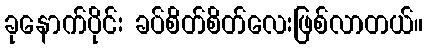
ခုနောက်ပိုင်း ခပ်စိတ်စိတ်လေးဖြစ်လာတယ်။